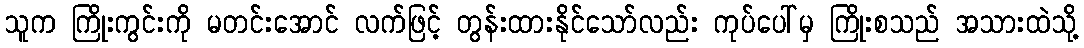
သူက ကြိုးကွင်းကို မတင်းအောင် လက်ဖြင့် တွန်းထားနိုင်သော်လည်း ကုပ်ပေါ်မှ ကြိုးစသည် အသားထဲသို့